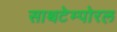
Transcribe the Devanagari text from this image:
साथटेम्पोरल